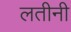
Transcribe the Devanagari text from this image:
लतीनी